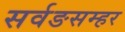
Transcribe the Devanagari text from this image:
सर्वङसम्हर